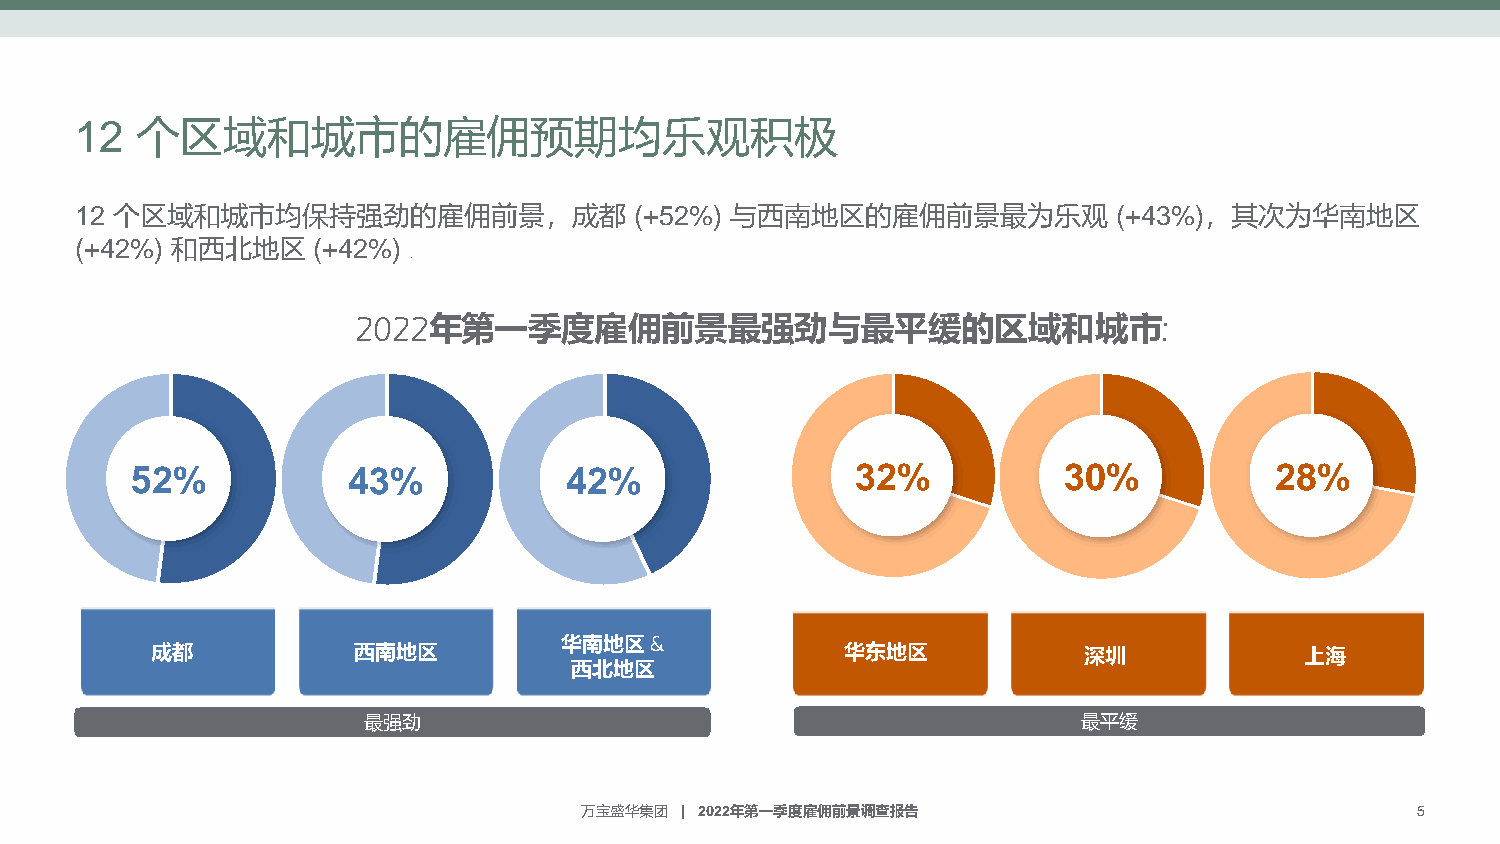
12  个区域和城市的雇佣预期均乐观积极
 12 个区域和城市均保持强劲的雇佣前景，成都               (+52%) 与西南地区的雇佣前景最为乐观           (+43%)，其次为华南地区
 (+42%) 和西北地区    (+42%) .
 2022年第一季度雇佣前景最强劲与最平缓的区域和城市:
 52%           43%           42%                 32%          30%           28%
 华南地区&
 成都           西南地区                             华东地区            深圳            上海
 西北地区
 最强劲                                             最平缓
 万宝盛华集团 | 2022年第一季度雇佣前景调查报告                              5